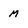
Character: M